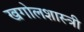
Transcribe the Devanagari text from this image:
खगोलशास्‍त्री